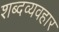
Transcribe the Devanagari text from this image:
शब्दव्यवहार